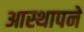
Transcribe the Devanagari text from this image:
आस्थापने